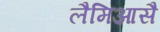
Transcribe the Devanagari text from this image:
लैमिआसै